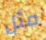
مثل